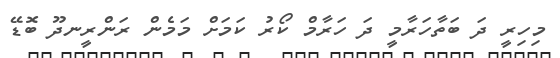
މިހިރީ ދަ ބަތާހަރާމީ ދަ ހަރާމް ކޯރު ކަމަށް މަމެން ރަންރީނދޫ ބޮޑޭ